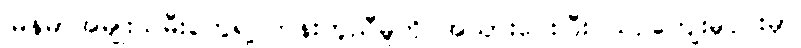
မြန်မာအမျိုးသမီးတွေရဲ့ တန်းတူညီမှုကို အသားပေးပြီး ယဉ်ကျေးမှုပိုင်းမှာ